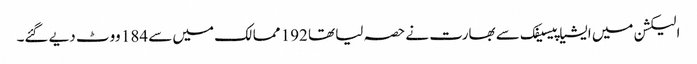
الیکشن میں ایشیا پیسیفک سے بھارت نے حصہ لیا تھا 192 ممالک میں سے 184 ووٹ دیے گئے۔